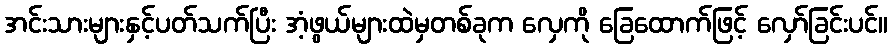
အင်းသားများနှင့်ပတ်သက်ပြီး အံ့ဖွယ်များထဲမှတစ်ခုက လှေကို ခြေထောက်ဖြင့် လှော်ခြင်းပင်။